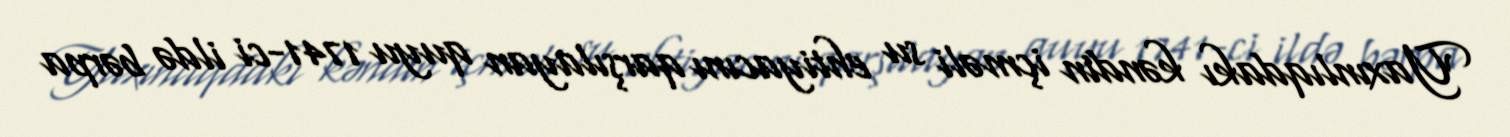
Yaxınlıqdakı kəndin içməli su ehtiyacını qarşılayan quyu 1741-ci ildə bərpa